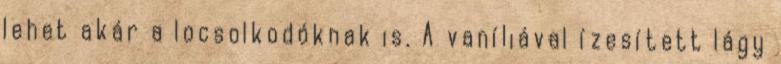
lehet akár a locsolkodóknak is. A vaníliával ízesített lágy